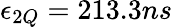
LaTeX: \epsilon_{2Q}=213.3ns